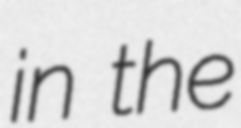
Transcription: in the